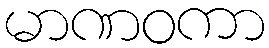
မာဏဝကာ